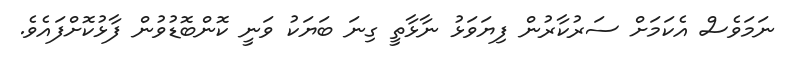
ނަމަވެސް އެކަމަށް ސަރުކާރުން ފިޔަވަޅު ނާޅާތީ ގިނަ ބަޔަކު ވަނީ ކޮންބޮޑުވުން ފާޅުކޮށްފައެވެ.